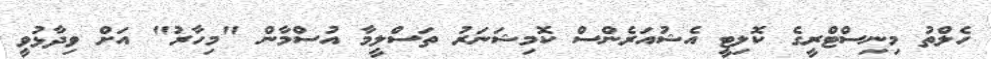
ހެލްތު މިނިސްޓްރީގެ ކޮލިޓީ އެޝުއަރެންސް ކޮމިޝަނަރު ތަސްލީމާ އުސްމާން "މިހާރު" އަށް ވިދާޅުވީ